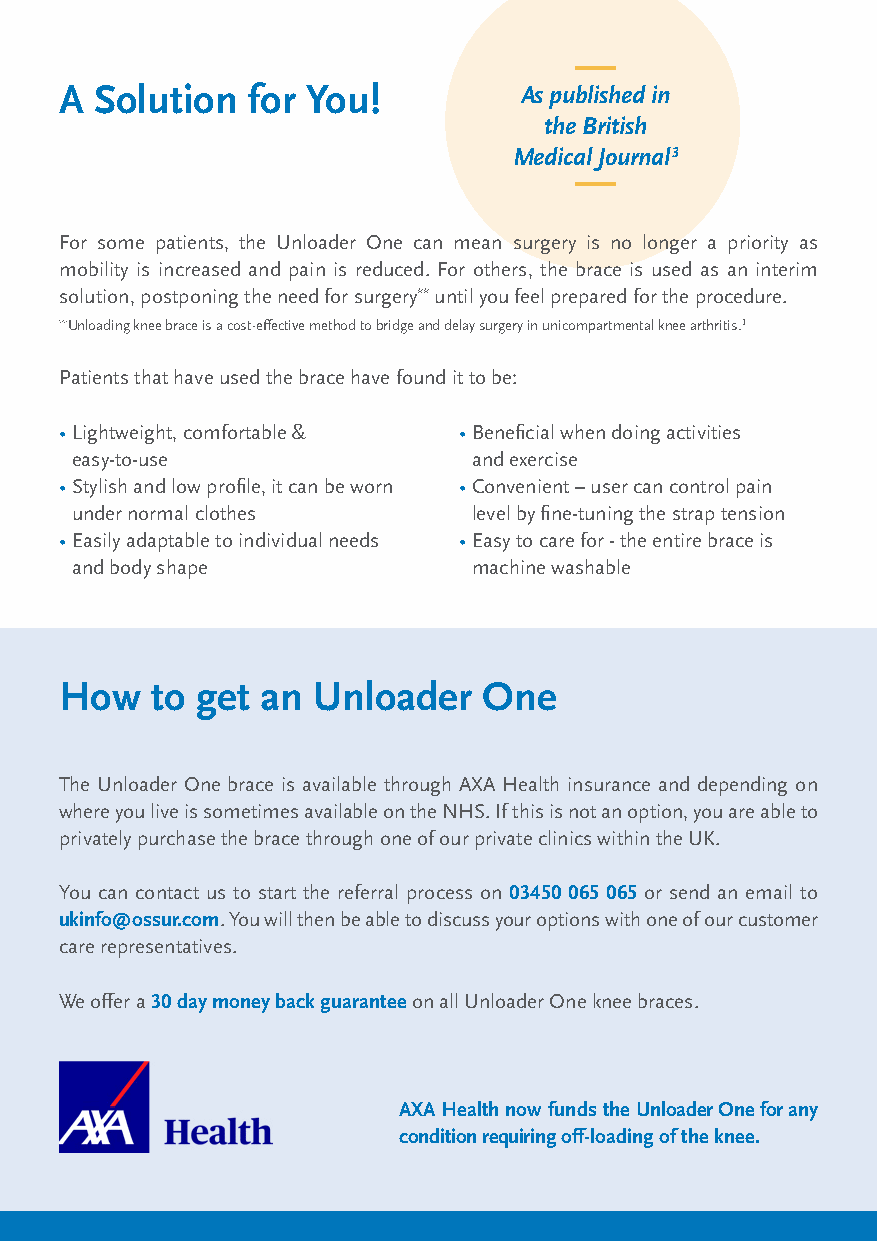
A Solution  for You!          As published in
 the British
 Medical Journal3
 For some patients, the Unloader One can mean surgery is no longer a priority as
 mobility is increased and pain is reduced. For others, the brace is used as an interim
 solution, postponing the need for surgery** until you feel prepared for the procedure.
 **Unloading knee brace is a cost-effective method to bridge and delay surgery in unicompartmental knee arthritis.3
 Patients that have used the brace have found it to be:
 • Lightweight, comfortable & • Beneficial when doing activities
 easy-to-use               and exercise
 • Stylish and low profile, it can be worn • Convenient – user can control pain
 under normal clothes      level by fine-tuning the strap tension
 • Easily adaptable to individual needs • Easy to care for - the entire brace is
 and body shape            machine washable
 How   to get an  Unloader   One
 The Unloader One brace is available through AXA Health insurance and depending on
 where you live is sometimes available on the NHS. If this is not an option, you are able to
 privately purchase the brace through one of our private clinics within the UK.
 You can contact us to start the referral process on 03450 065 065 or send an email to
 ukinfo@ossur.com. You will then be able to discuss your options with one of our customer
 care representatives.
 We offer a 30 day money back guarantee on all Unloader One knee braces.
 AXA Health now funds the Unloader One for any
 condition requiring off-loading of the knee.